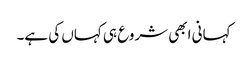
کہانی ابھی شروع ہی کہاں کی ہے۔